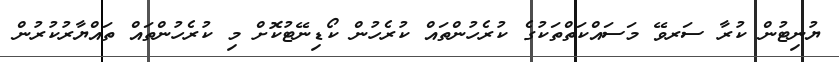
ޔުނިޓުން ކުރާ ސަރވޭ މަސައްކަތްތަކުގެ ކުރެހުންތައް ކުރެހުން ކޯޑިނޭޓުކޮށް މި ކުރެހުންތައް ތައްޔާރުކުރުން